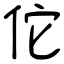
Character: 佗